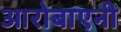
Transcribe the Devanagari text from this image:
आरोबाएनी